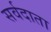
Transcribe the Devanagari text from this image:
सर्वदाता